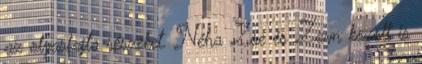
az olyasfajta részeket. Néha Zoe és Zayn között is